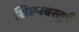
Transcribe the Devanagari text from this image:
शिल्पवस्तुएँ